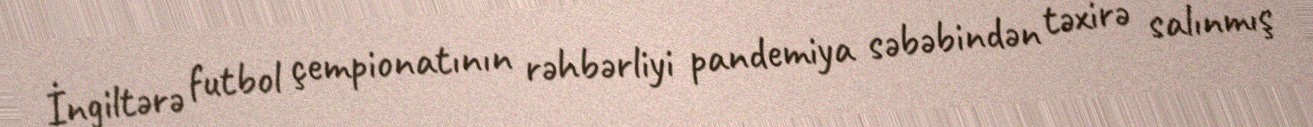
İngiltərə futbol çempionatının rəhbərliyi pandemiya səbəbindən təxirə salınmış